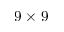
9 \times 9